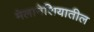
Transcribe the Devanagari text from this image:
मेलानेशियातील